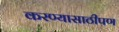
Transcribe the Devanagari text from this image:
करण्यासाठीपण